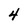
Character: 4